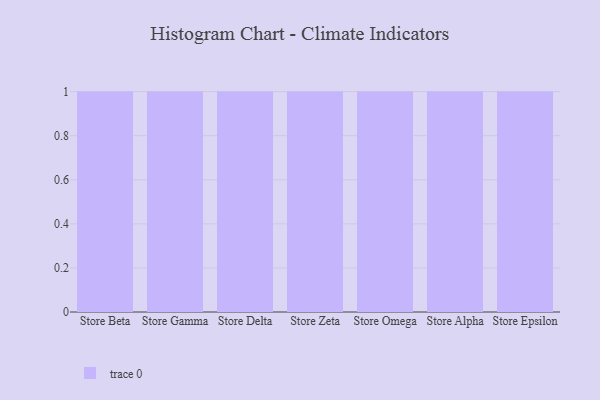
{"axis": {"x": "Store", "y": "Conversion Rate (%)"}, "legend": [""], "data": [{"x": "Store Beta", "y": 78, "type": ""}, {"x": "Store Gamma", "y": 98, "type": ""}, {"x": "Store Delta", "y": 60, "type": ""}, {"x": "Store Zeta", "y": 24, "type": ""}, {"x": "Store Omega", "y": 22, "type": ""}, {"x": "Store Alpha", "y": 12, "type": ""}, {"x": "Store Epsilon", "y": 15, "type": ""}]}